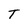
Character: T